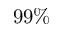
9 9 \%